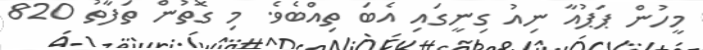
މީހުން ޕަޕުއާ ނިއު ގިނީގައި އެބަ ތިއްބެވެ. މި ގޮތުން ތަފާތު 820